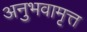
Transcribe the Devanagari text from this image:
अनुभवामृत्त